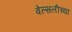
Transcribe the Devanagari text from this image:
वेल्सलीच्या